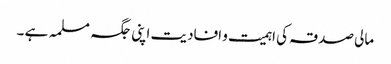
مالی صدقہ کی اہمیت و افادیت اپنی جگہ مسلمہ ہے ۔